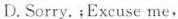
D.Sorry.﹔Excuse me,